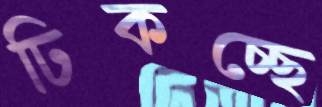
ঢিকচ্ছে